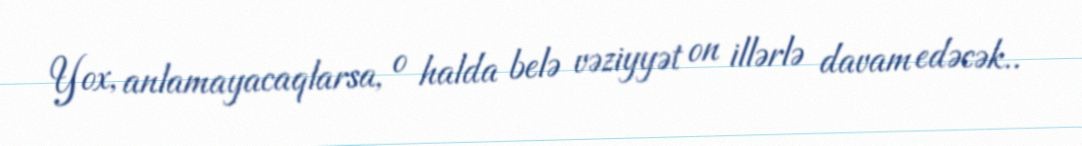
Yox, anlamayacaqlarsa, o halda belə vəziyyət on illərlə davam edəcək..